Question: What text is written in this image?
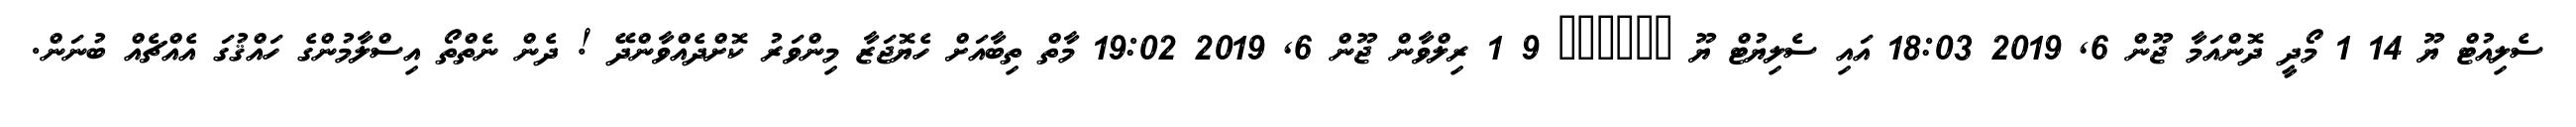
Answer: ސެލިއުޓް ޔޫ 14 1 މޯދީ ދޮންއަމާ ޖޫން 6, 2019 18:03 އައި ސެލިޔުޓް ޔޫ ?????? 9 1 ރިލްވާން ޖޫން 6, 2019 19:02 މާތް ތިބާއަށް ހެޔޮޖަޒާ މިންވަރު ކޮށްދެއްވާންދޭ ! ދެން ނެތްތޯ އިސްލާމުންގެ ހައްޤުގަ އެއްޗެއް ބުނަން.